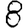
Digit: 8